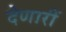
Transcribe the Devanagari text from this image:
देणारीं